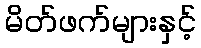
မိတ်ဖက်များနှင့်